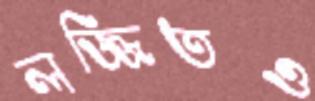
লজ্জিতও